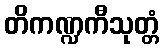
တိကဏ္ဍကီသုတ္တံ